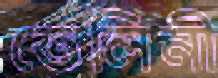
তেলিনী